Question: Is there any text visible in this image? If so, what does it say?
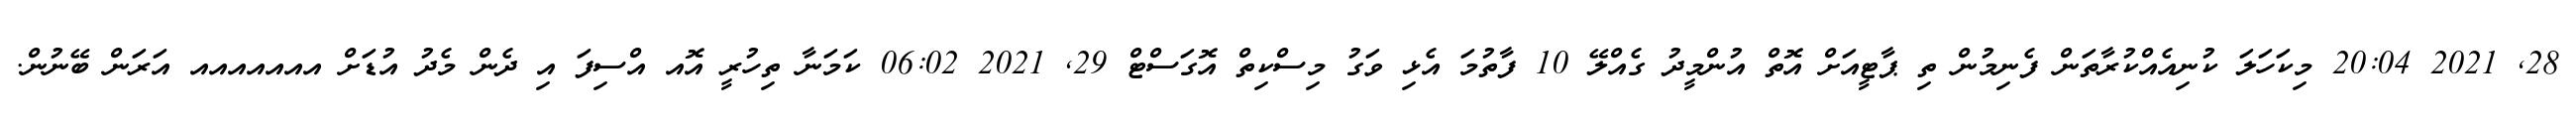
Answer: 28, 2021 20:04 މިކަހަލަ ކުނިއެއްކުރާތަން ފެނިމުން ތި ޕާޓީއަށް އޮތް އުންމީދު ގެއްލޭ 10 ފާތުމަ އެޅި ވަގު މިސްކިތް އޮގަސްޓް 29, 2021 06:02 ކަމަނާ ތިހުރީ އޮއ އްސިފަ އި ދެން މެދު އުޑަށް އއއއއއއ އަރަން ބޭނުން.